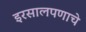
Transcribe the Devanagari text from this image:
इरसालपणाचे